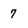
Character: 7